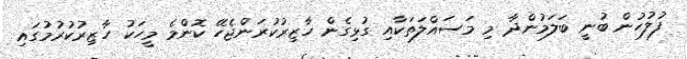
ފުލުހުން ބުނީ ބަލަމުންދާ މި މަސައްލަތަކާއި ގުޅިގެން ހާޒިރުކުރަންޖެހޭ ކޮންމެ މީހަކު ހާޒިރުކުރުމުގައި